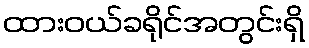
ထားဝယ်ခရိုင်အတွင်းရှိ